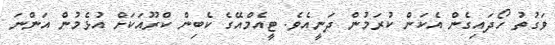
ވަގުތު ހޯދައިގެން އެކަން ކުރަމުން ދަނީއެވެ. ޓީއެމްއޭގެ ކެބިން ކްރޫއަކަށް އުޅެމުން އަންނަ